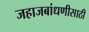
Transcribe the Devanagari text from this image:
जहाजबांधणीसाठी